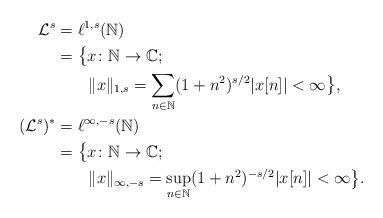
LaTeX: \begin{align*}\mathcal L^s&=\ell^{1,s}(\mathbb{N})\\&=\bigl\{x\colon \mathbb{N}\to \mathbb{C};\\ &\qquad\|x\|_{1,s}=\sum_{n\in\mathbb{N}}(1+n^2)^{s/2}|x[n]|<\infty\bigr\},\\(\mathcal L^s)^*&=\ell^{\infty,-s}(\mathbb{N})\\&=\bigl\{x\colon \mathbb{N}\to \mathbb{C};\\&\qquad\|x\|_{\infty,-s}=\sup_{n\in\mathbb{N}}(1+n^2)^{-s/2}|x[n]|<\infty\bigr\}.\end{align*}